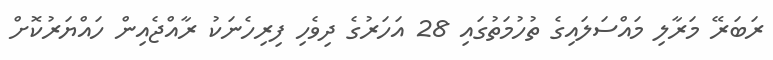
ރަބަރޭ މަރާލި މައްސަލައިގެ ތުހުމަތުގައި 28 އަހަރުގެ ދިވެހި ފިރިހެނަކު ރާއްޖެއިން ހައްޔަރުކޮށް